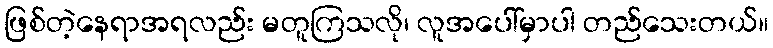
ဖြစ်တဲ့နေရာအရလည်း မတူကြသလို၊ လူအပေါ်မှာပါ တည်သေးတယ်။